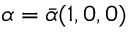
\alpha = \Bar { \alpha } ( 1 , 0 , 0 )